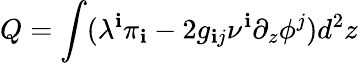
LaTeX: Q=\int(\lambda^{\mathbf{i}}\pi_{\mathbf{i}}-2g_{\mathbf{i}j}\nu^{\mathbf{i}}\partial_{z}\phi^{j})d^{2}z